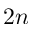
2 n